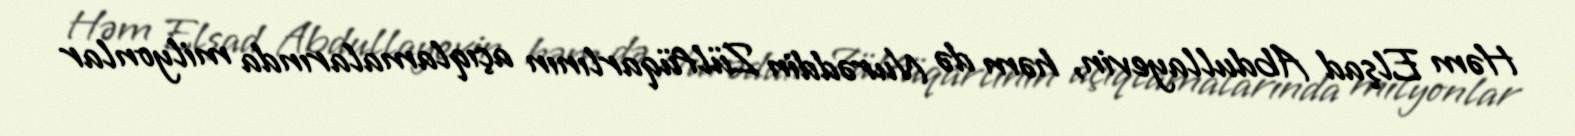
Həm Elşad Abdullayevin, həm də Nurəddin Zülfüqarlının açıqlamalarında milyonlar